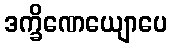
ဒက္ခိဏေယျောပေ